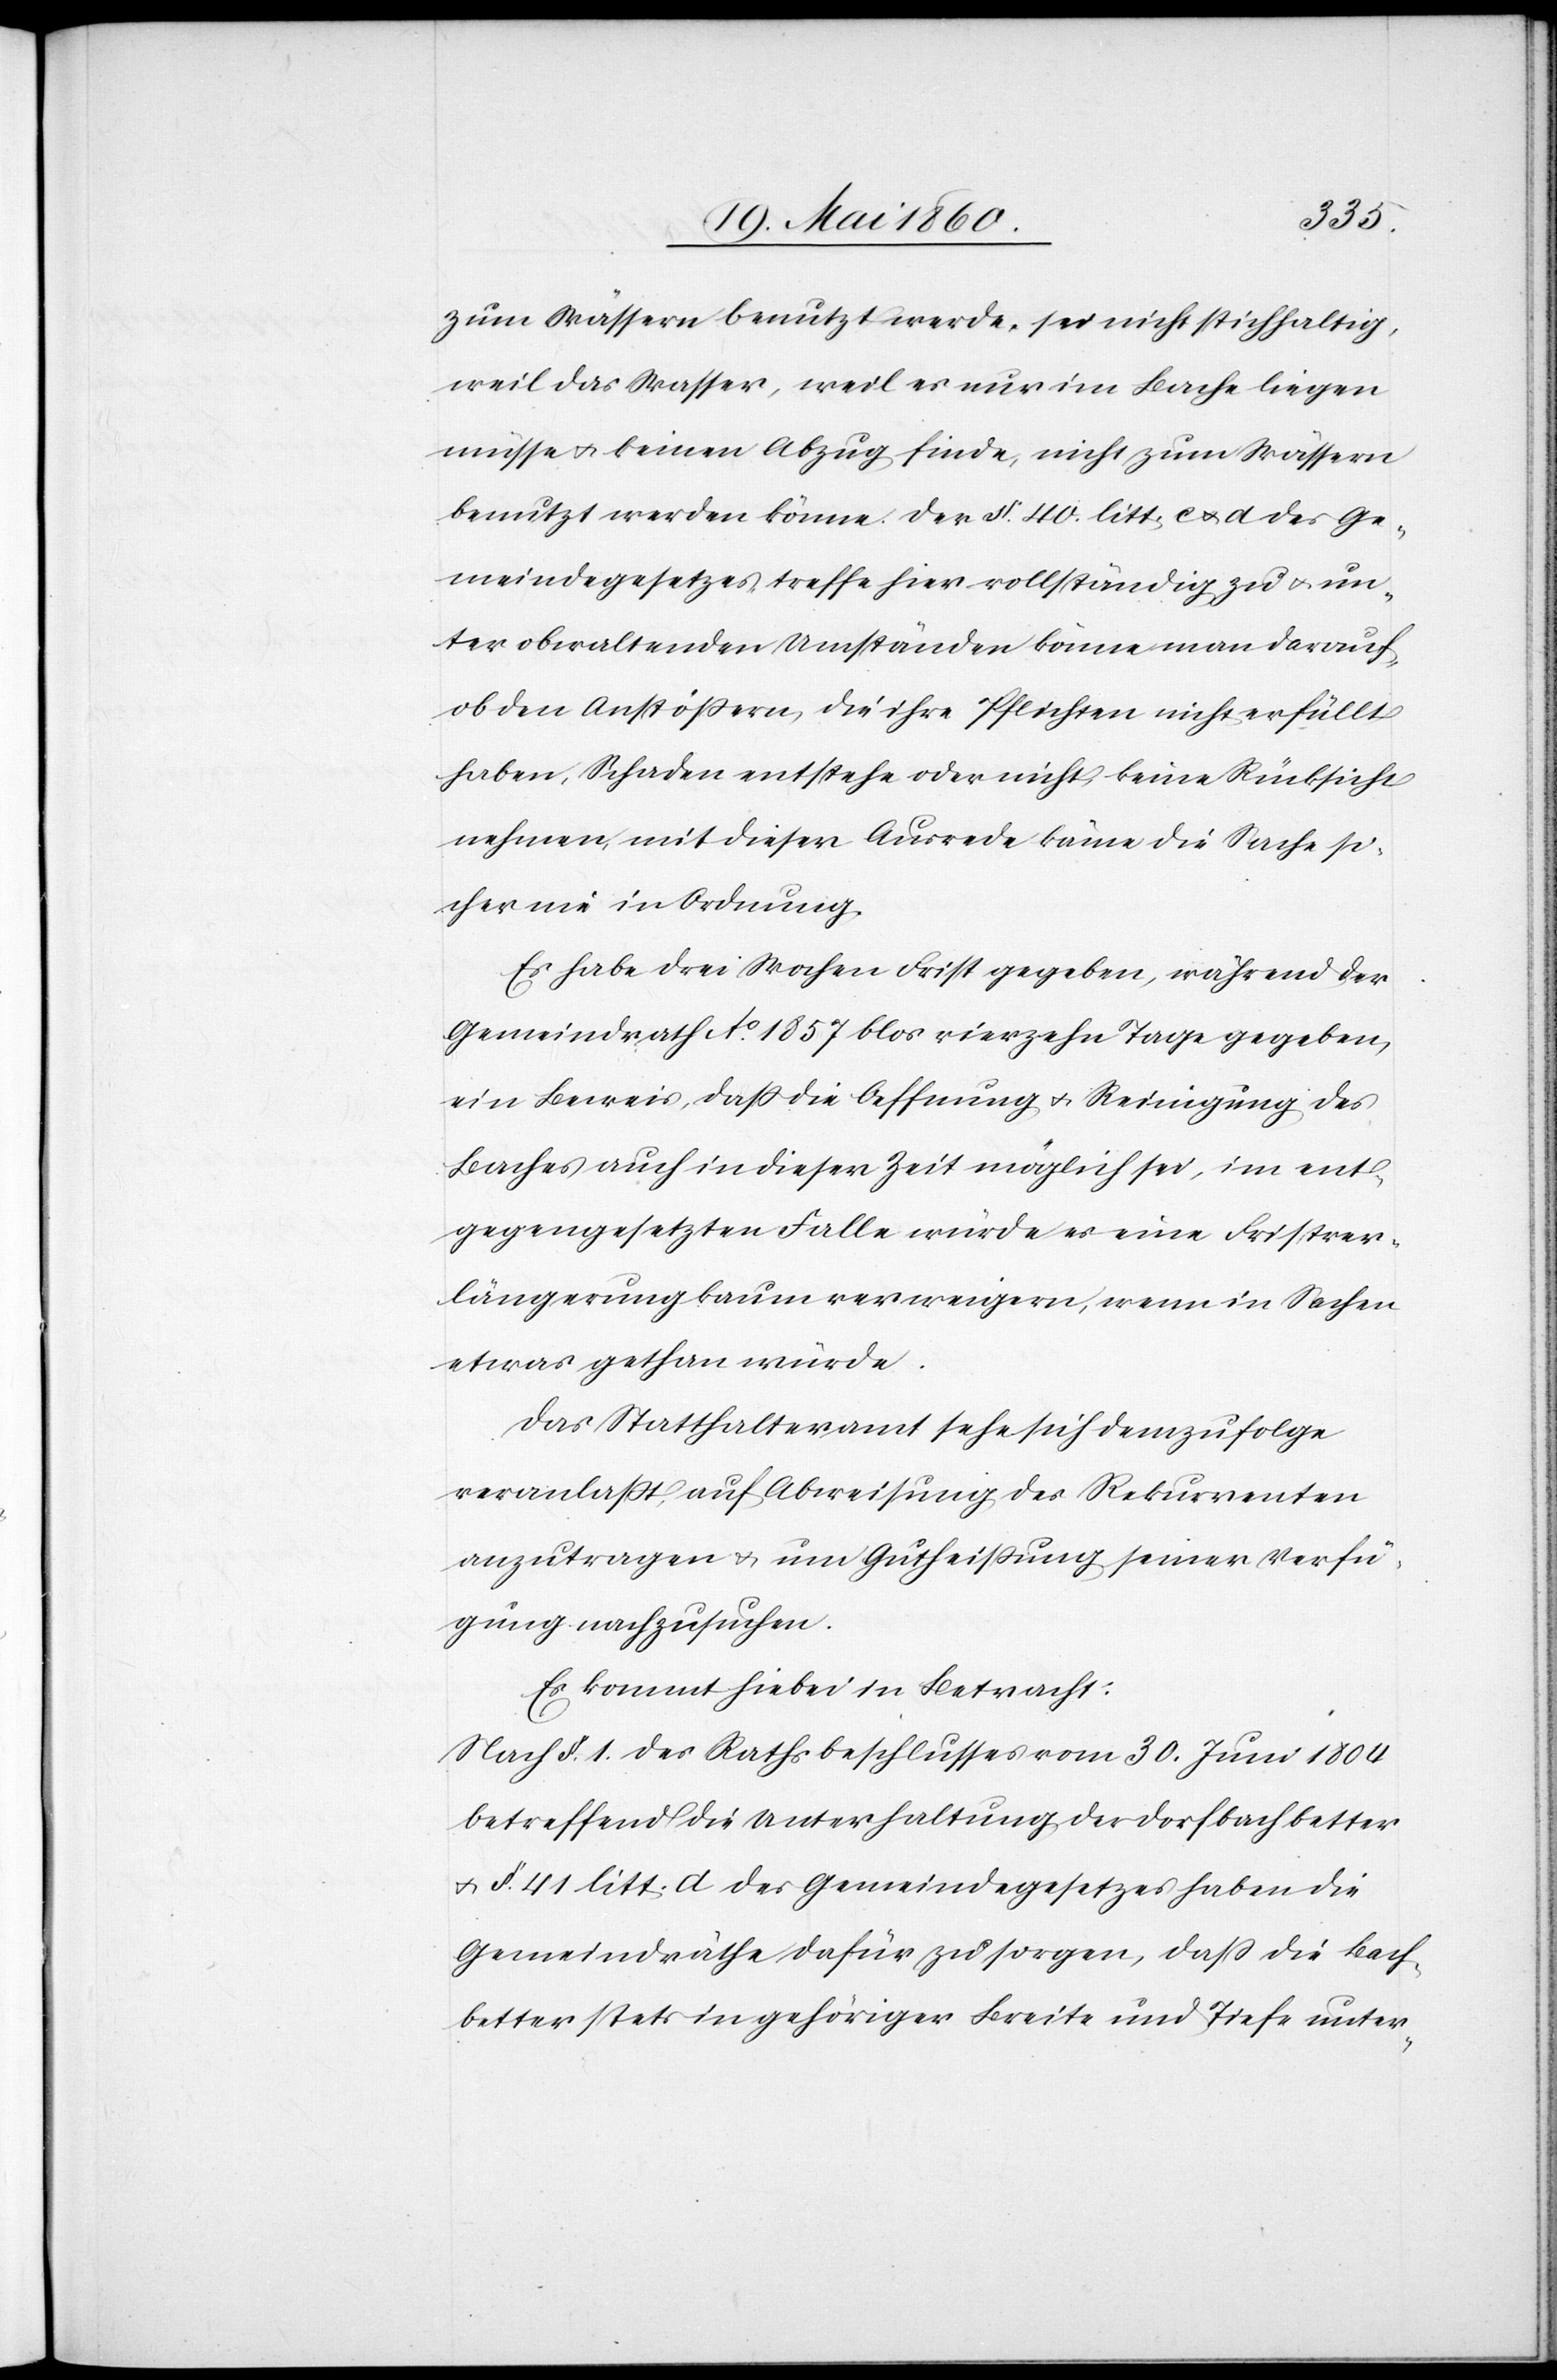
zum Wässern benutzt werde, sei nicht stichhaltig,
weil das Wasser, weil es nur im Bache liegen
müsse, keinen Abzug finde nicht zum Wässern
benutzt werden könne. Der §. 40. litt. c u. d. des Ge¬
meindegesetzes treffe hier vollständig zu u. un¬
ter obwaltenden Umständen könne man darauf,
ob den Anstössern, die ihre Pflichten nicht erfüllt
haben, Schaden entstehe oder nicht keine Rücksicht
nehmen, mit dieser Ausrede käme die Sache si¬
cher nie in Ordnung.
Es habe drei Wochen Frist gegeben, während der
Gemeindrath Ao 1857 blos vierzehn Tage gegeben,
ein Beweis, dass die Oeffnung u. Reinigung des
Baches auch in dieser Zeit möglich sei, im ent¬
gegengesetzten Falle würde es eine Fristver¬
längerung kaum verweigern, wenn in Sachen
etwas gethan würde.
Das Statthalteramt sehe sich demzufolge
veranlasst, auf Abweisung des Rekurrenten
auszutragen u. um Gutheissung seiner Verfü¬
gung nachzusuchen.
Es kommt hiebei in Betracht:
Nach §. 1. des Rechtsbeschlusses vom 30. Juni 1804
betreffend die Unterhaltung der Dorfbachbetter
u. §. 41. litt. d des Gemeindegesetzes haben die
Gemeindräthe dafür zu sorgen, dass die Bach¬
better stets in gehöriger Breite und Tiefe unter-